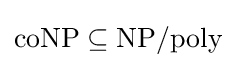
{\text{coNP}}\subseteq {\text{NP/poly}}